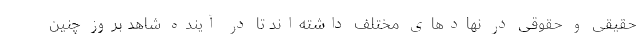
حقیقی و حقوقی در نهادهای مختلف داشته‌اند تا در آینده شاهد بروز چنین